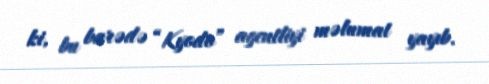
ki, bu barədə “Kyodo” agentliyi məlumat yayıb.